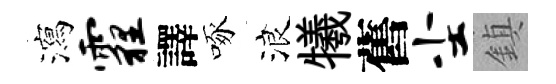
瀉霾譯啄浪犧舊尘鎮